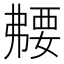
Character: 𫸻